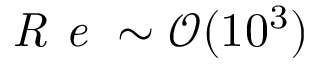
\textit { R e } \sim \mathcal { O } ( 1 0 ^ { 3 } )